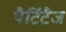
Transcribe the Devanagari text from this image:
पैर्टिटैज